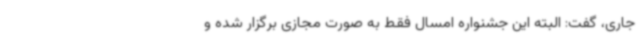
جاری، گفت: البته این جشنواره امسال فقط به صورت مجازی برگزار شده و